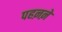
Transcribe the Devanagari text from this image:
पहऩऩे